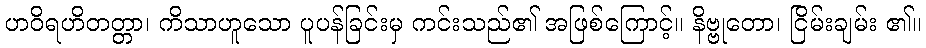
ဟဝိရဟိတတ္တာ၊ ကိသာဟူသော ပူပန်ခြင်းမှ ကင်းသည်၏ အဖြစ်ကြောင့်။ နိဗ္ဗုတော၊ ငြိမ်းချမ်း ၏။